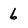
Character: 6